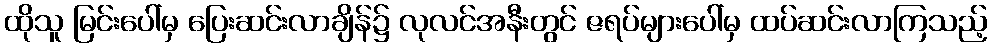
ထိုသူ မြင်းပေါ်မှ ပြေးဆင်းလာချိန်၌ လုလင်အနီးတွင် ဇရပ်များပေါ်မှ ထပ်ဆင်းလာကြသည့်